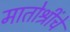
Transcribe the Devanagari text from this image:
मातोश्रींचे